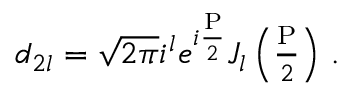
\begin{array} { r } { d _ { 2 l } = \sqrt { 2 \pi } i ^ { l } e ^ { i \frac { \mathrm { P } } { 2 } } J _ { l } \left( \frac { \mathrm { P } } { 2 } \right) \, . } \end{array}